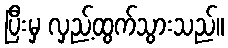
ပြီးမှ လှည့်ထွက်သွားသည်။